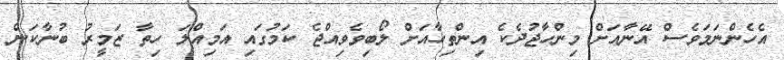
އެހެންނަމަވެސް އޭނާއަށް މިންހާޖުދެކެ އިންތިހާއަށް ލޯބިވެވިއްޖެ ކަމުގައި އަމިއްލަ ހިތާ ޒަމީރު ބުނާކަން